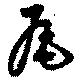
瓦